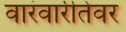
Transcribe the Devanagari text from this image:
वारंवारीतेवर